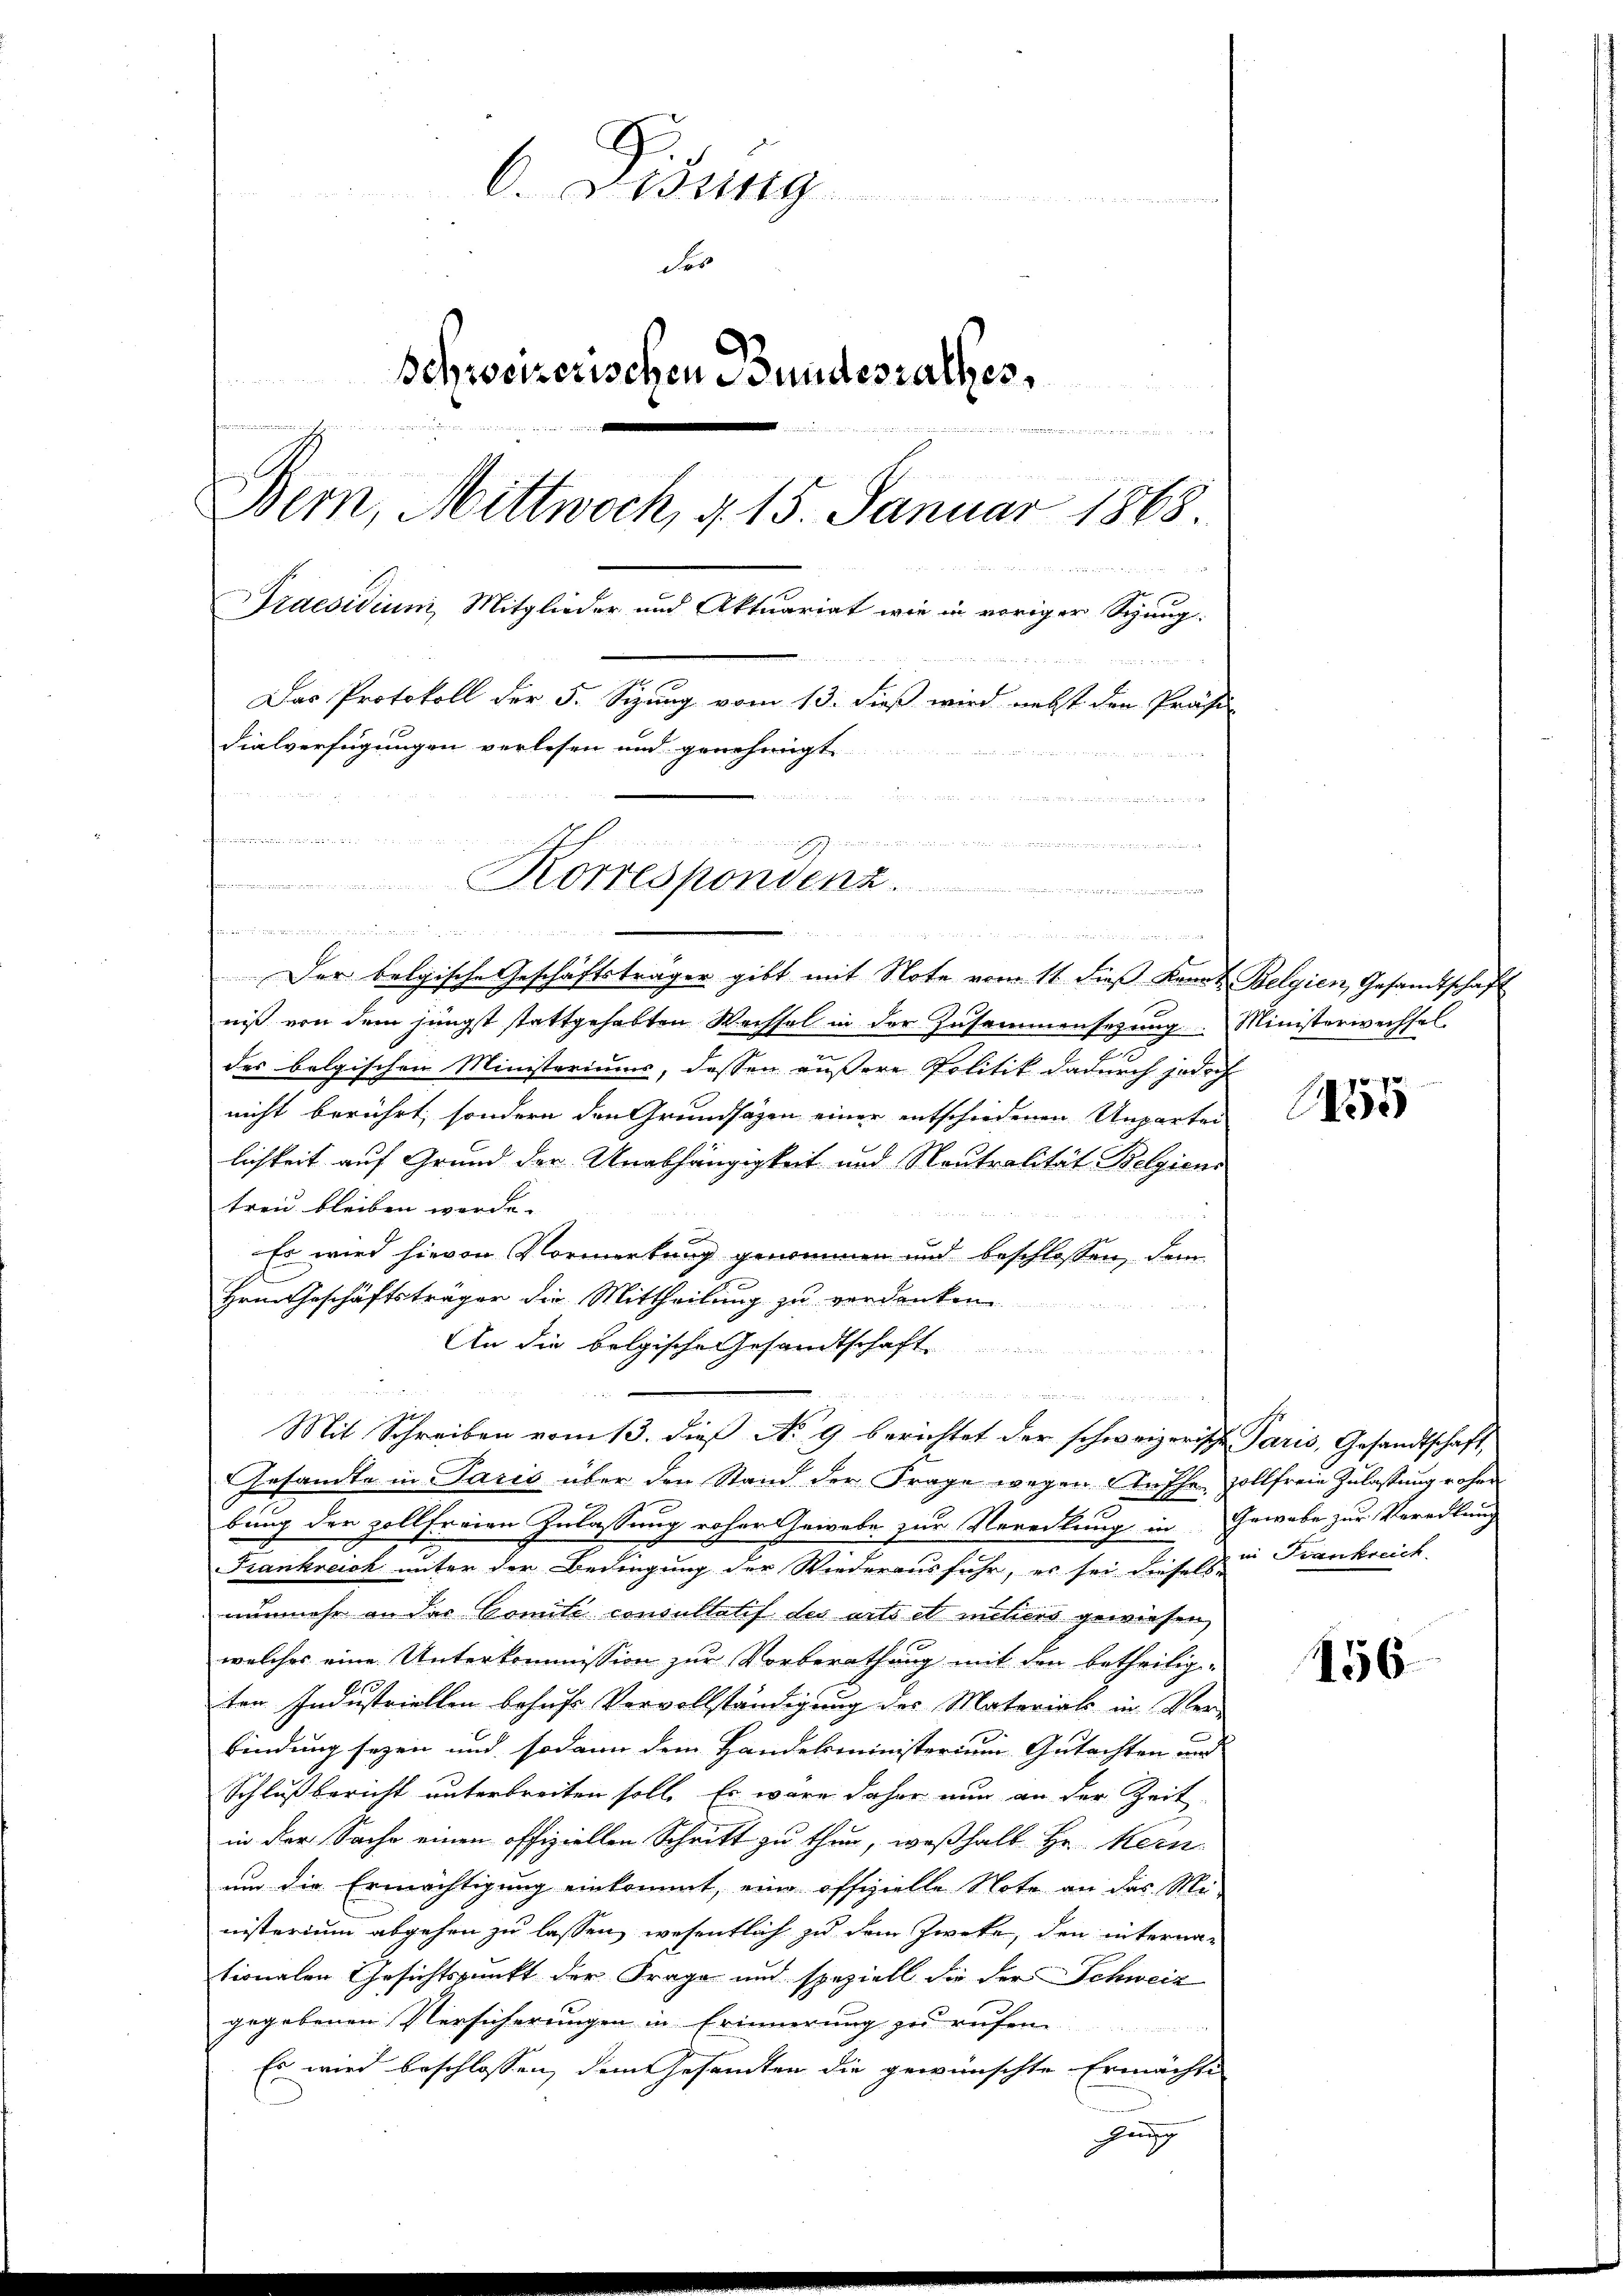
6. Disung
des
Schweizerischen Bundesrathes,
.
Bern, Mittwoch, d. 15. Januar 1868.
Praesidium, Mitglieder und Aktuariat wie in voriger Sitzung.
Das Protokoll der 5. Sizung vom 13. dieß wird nebst den Präsi-
dialverfügungen verlesen und genehmigt

n
winde Redaktische sich selben, wenn die in dort und den und weder werden einen
Korrespondenz

honmmemmunion den

Der belgische Geschäftsträger gibt mit Note vom 11. dieß Kennt Belgien, Gesandtschaft
niß von dem jüngst stattgehabten Wechsel in der Zusammensezung. Ministerwechsel-
des belgischen Ministeriums, dessen äußere Politik dadurch jedoch
nicht berührt, sondern den Grundsazen einer entschiedenen Unparter
lichkeit auf Grund der Unabhängigkeit und Neutralität Belgiens
treu bleiben werde.
Er wird hievon Vormerkung genommen und beschlossen, dem
Hrn. Geschäftsträger die Mittheilung zu verdanken
An die belgische Gesandtschaft

Mit Schreiben vom 13. dieß No 9 berichtet der schweizerische Paris, Gesandtschaft,
Gesamte in Paris über den Stand der Frage wegen Aufhe zollfreie Zulassung rohen
bung der zollfreien Zulassung roher Gewebe zur Veredlung in Gewebe zur Veradling
Frankreich unter der Bedingung der Wiederausfuhr, er sei diesels
nunmehr an das Comité consultatif des arts et metiers gewiesen,
welches eine Unterkommission zur Vorberathung mit den betheilig-
ten Industriellen behufs Vervollständigung der Materials in Ver-
findung seyen und sodann dem Handelsministerium Gutachten und
Schlußbericht unterbreiten soll. Es wäre daher nun an der Zeit
in der Sache einen offiziellen Schritt zu thun, weßhalb Hr. Kern
um die Ermächtigung einkommt, eine offizielle Note an das Me-
nisterium abgehen zu lassen, wesentlich zu dem Zweke, den internationalen Gesichtspunkt der Frage und speziell die der Schweiz
gegebenen Versicherungen in Erinnerung zu rufen.
 1
Es wird beschlossen, dem Gesamten die gewünschte Ermächte
gung

in dem an die und nun und in die an die

a

55

in Frankreich

156